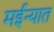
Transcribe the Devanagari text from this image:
मईन्यात